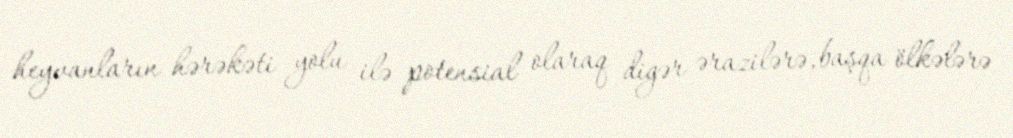
heyvanların hərəkəti yolu ilə potensial olaraq digər ərazilərə, başqa ölkələrə